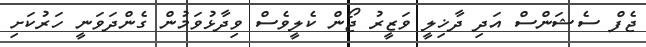
ޖެފް ސެޝަންސް އަދި ދާޚިލީ ވަޒީރު ޖޯން ކެލީވެސް ވިދާޅުވަމުން ގެންދަވަނީ ހަރުކަށި